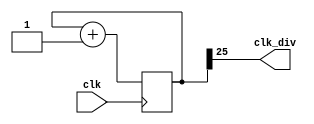
`timescale 1ns / 1ps
//////////////////////////////////////////////////////////////////////////////////
// Company: 
// Engineer: 
// 
// Design Name: 
// Module Name: clock_divider
// Project Name: 
// Target Devices: 
// Tool Versions: 
// Description: 
// 
// Dependencies: 
// 
// Revision:
// Revision 0.01 - File Created
// Additional Comments:
// 
//////////////////////////////////////////////////////////////////////////////////


module clock_divider(clk, clk_div);
	parameter n = 26;
	input clk;
	output clk_div;
	
	reg [n-1:0] cnt;
	wire [n-1:0] cnt_next;
	
	always@(posedge clk) begin
		cnt <= cnt_next;
	end
	
	assign cnt_next = cnt + 1'b1;
	assign clk_div = cnt[n-1];
endmodule